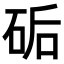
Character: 𥒖